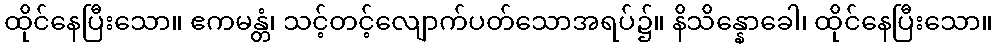
ထိုင်နေပြီးသော။ ဧကမန္တံ၊ သင့်တင့်လျောက်ပတ်သောအရပ်၌။ နိသိန္နောခေါ၊ ထိုင်နေပြီးသော။